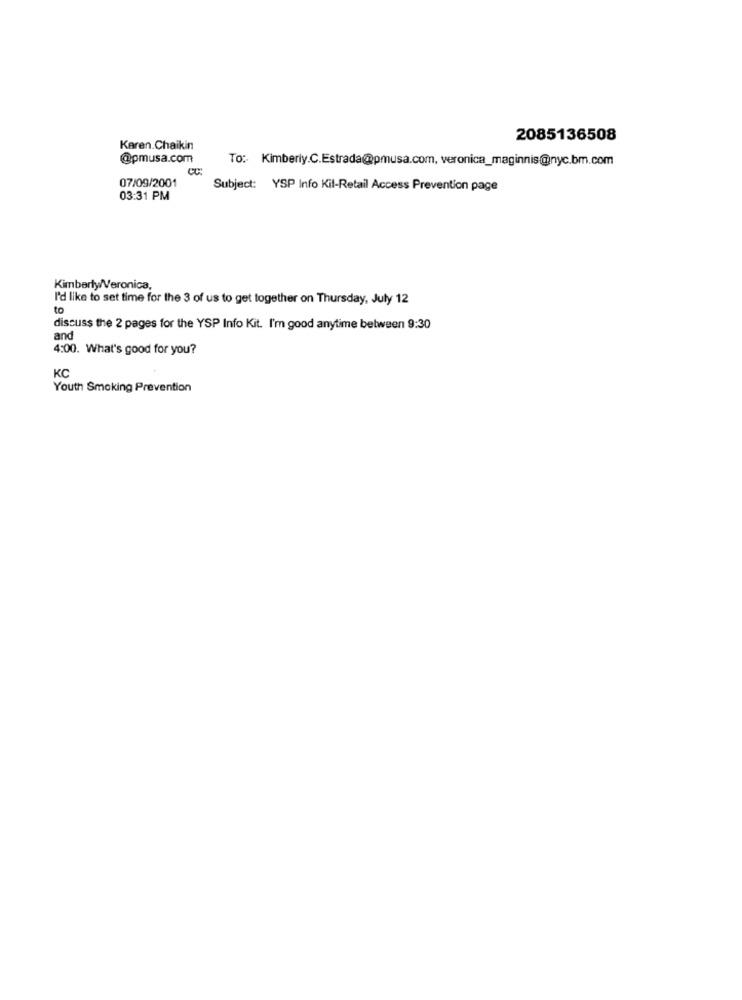
2085136508
Karen.Chaikin
@pmusa.com
To: Kimberly.C.Estrada@pmusa.com, veronica_maginnis@nyc.bm.com
CC:
07/09/2001
Subject: YSP Info Kil-Retail Access Prevention page
03:31 PM
Kimberly/Veronica,
I'd like to set time for the 3 of us to get together on Thursday, July 12
to
discuss the 2 pages for the YSP Info Kit. I'm good anytime between 9:30
and
4:00. What's good for you?
KC
Youth Smoking Prevention